Annual report of the Punjab Veterinary College and of the Civil Veterinary Department, Punjab - 1909-1919
Year: 1909
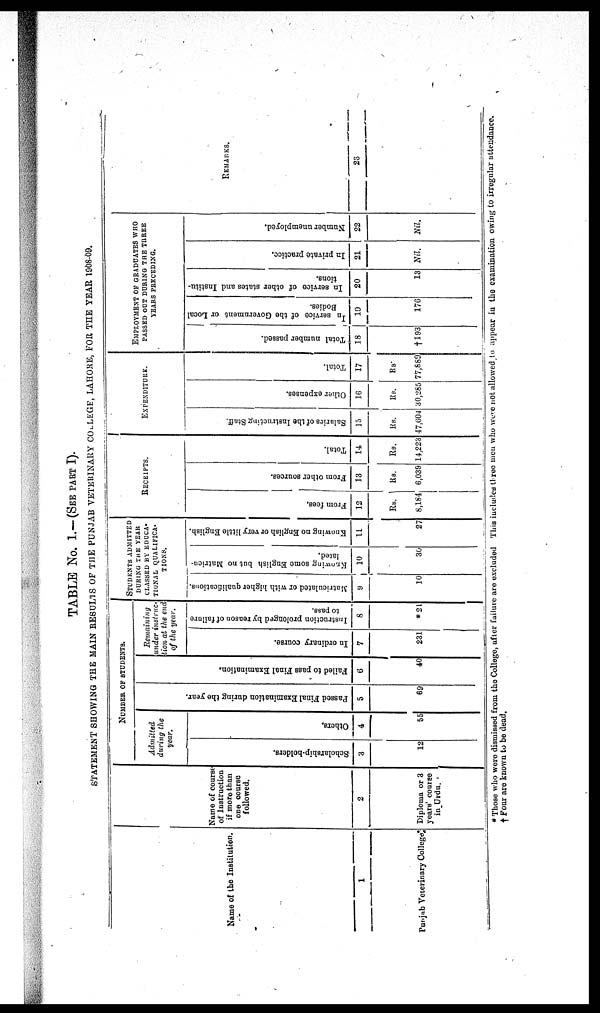
TABLE No. 1.—(SEE PART I ).
STATEMENT SHOWING THE MAIN RESULTS OF THE PUNJAB VETERINARY COLLEGE, LAHORE, FOR THE YEAR 1908-09.
Name of the Institution.
1
Punjab Veterinary College
Name of course
of Instruction
if more than
one course
followed.
2
Diploma or 3
years' course
in Urdu.
NUMBER OF STUDENTS.
Admitted
during the
year.
Scholarship-holders.
3
12
Others.
4
55
Pas s ed Fi nal Exa mina tion dur i ng the year.
5
69
Fai l
ed to pass Fi nal Exa mi na t
i
on.
6
40
Remaining
under instruc-
tion at the end
of the year.
In ordinary course.
7
231
Instruction prolonged by reason of failure
to pass.
8
*21
STUDENTS ADMITTED
DURING THE YEAR
CLASSED BY EDUCA-
TIONAL QUALIFICA-
TIONS.
Matriculated or with higher qualifications.
9
10
Knowing some English but no Matrien-
lated.
10
30
Knowing no English or very little English.
11
27
RECEIPTS.
From fees.
12
Rs.
8,184
From other sources.
13
Rs.
6,039
Total.
14
Rs.
14,223
EXPENDITURE.
Salaries of the Instructing Staff.
15
Rs.
47,604
Other expenses.
16
Rs.
30,285
Total.
17
Rs.
77,889
EMPLOYMENT OF GRADUATES WHO
PASSED OUT DURING THE THREE
YEARS PRECEDING.
Total number passed.
18
†193
In
service of the Government or Local
Bodies.
19
176
In service of other states and Institu-
tions.
20
13
In private practice.
21
Nil.
Number unemployed.
22
Nil.
REMARKS.
23
*Those who were dismissed from the College, after failure are excluded This included three men who were not allowed to appear in the examination, owing to irregular attendance.
† Four are known to be dead.